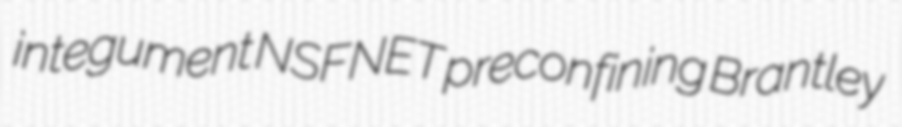
integument NSFNET preconfining Brantley